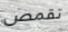
تقمص